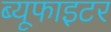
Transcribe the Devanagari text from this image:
ब्यूफाइटर